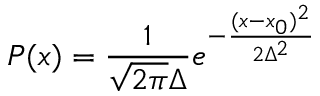
P ( x ) = { \frac { 1 } { \sqrt { 2 \pi } \Delta } } e ^ { - { \frac { ( x - x _ { 0 } ) ^ { 2 } } { 2 \Delta ^ { 2 } } } }